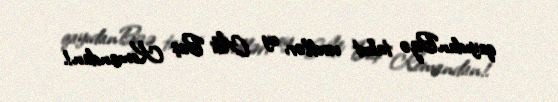
qayıdanBizə tabut verdilər, ey Ali Baş Komandan!.